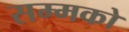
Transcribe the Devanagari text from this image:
सम्मको